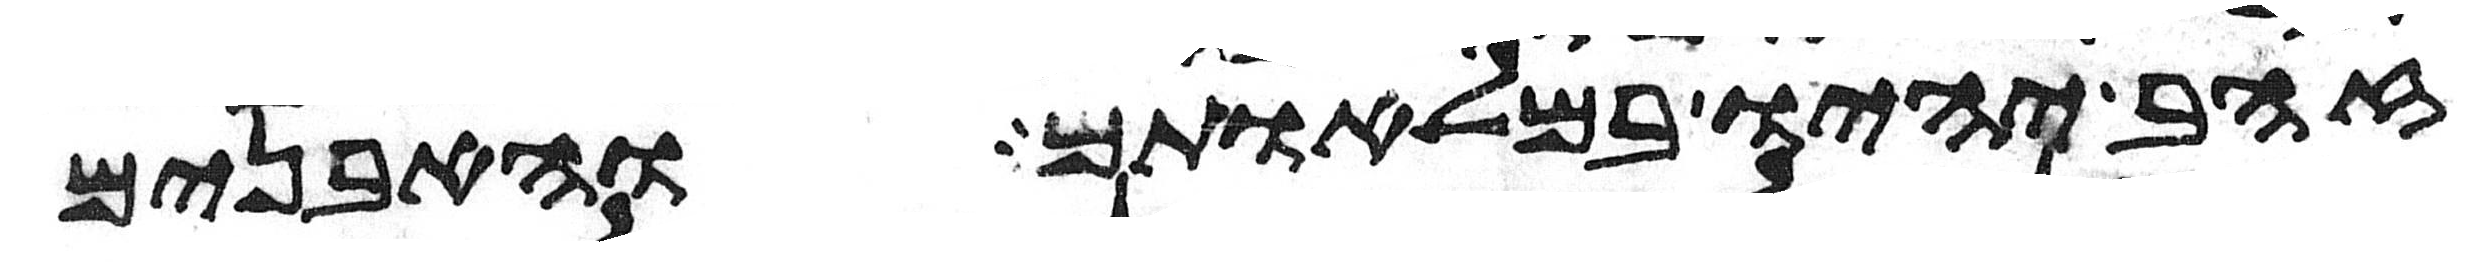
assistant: זהב יהיו במלאותם והאבנים